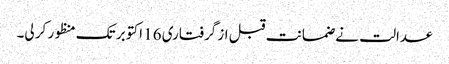
عدالت نے ضمانت قبل از گرفتاری 16 اکتوبر تک منظور کر لی۔